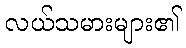
လယ်သမားများ၏